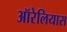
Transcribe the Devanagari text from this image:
ऑरेलियास